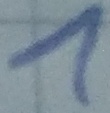
Text: 1